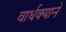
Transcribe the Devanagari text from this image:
वार्धक्याने